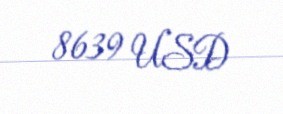
8639 USD